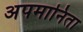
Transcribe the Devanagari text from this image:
अपमानिता